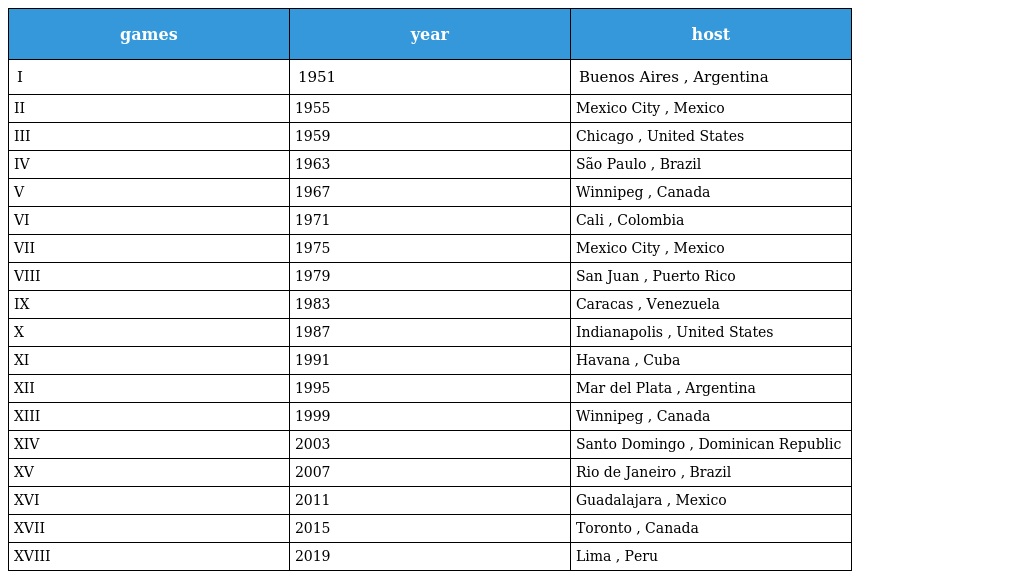
| games | year | host |
 | --- | --- | --- |
 | I | 1951 | Buenos Aires , Argentina |
 | II | 1955 | Mexico City , Mexico |
 | III | 1959 | Chicago , United States |
 | IV | 1963 | São Paulo , Brazil |
 | V | 1967 | Winnipeg , Canada |
 | VI | 1971 | Cali , Colombia |
 | VII | 1975 | Mexico City , Mexico |
 | VIII | 1979 | San Juan , Puerto Rico |
 | IX | 1983 | Caracas , Venezuela |
 | X | 1987 | Indianapolis , United States |
 | XI | 1991 | Havana , Cuba |
 | XII | 1995 | Mar del Plata , Argentina |
 | XIII | 1999 | Winnipeg , Canada |
 | XIV | 2003 | Santo Domingo , Dominican Republic |
 | XV | 2007 | Rio de Janeiro , Brazil |
 | XVI | 2011 | Guadalajara , Mexico |
 | XVII | 2015 | Toronto , Canada |
 | XVIII | 2019 | Lima , Peru |